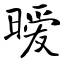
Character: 暧